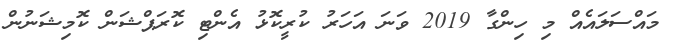
މައްސަލައެއް މި ހިންގާ 2019 ވަނަ އަހަރު ކުރީކޮޅު އެންޓި ކޮރަޕްޝަން ކޮމިޝަނުން